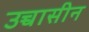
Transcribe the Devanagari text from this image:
उच्चासीन